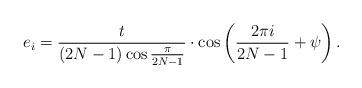
LaTeX: \begin{align*}e_i=\frac{t}{(2N-1)\cos \frac{\pi}{2N-1}} \cdot \cos\left ( \frac{2\pi i}{2N-1}+\psi\right ).\end{align*}